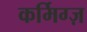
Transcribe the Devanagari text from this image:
कर्मिग्ज़